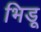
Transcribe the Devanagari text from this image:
भिडू